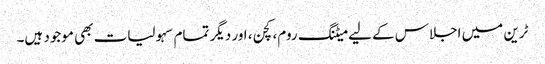
ٹرین میں اجلاس کے لیے میٹنگ روم، کچن، اور دیگر تمام سہولیات بھی موجود ہیں۔